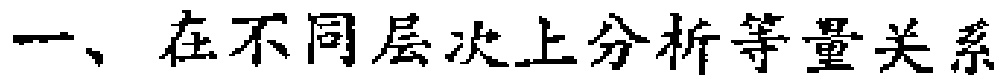
一、在不同层次上分析等量关系